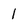
Character: 1